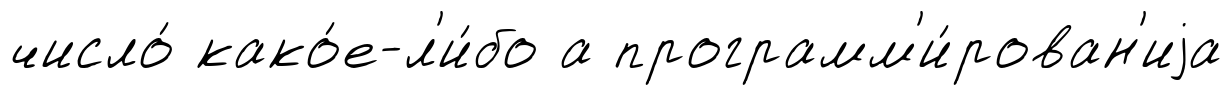
число́ како́е-л'и́бо а программ'и́рован'иjа